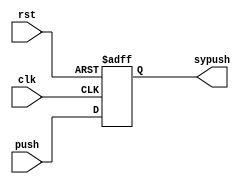
/**
*Module Name:		synchronizer.v
*Project:			ToW
*					Connor Emery
*Date of Update:	27/11/2016                                              
*Version:           1.0.0                                                      

*Purpose:           TODO
* 
* 
*Update Log:		v1.0.0
						- intial commit
*/
`timescale 1ns / 1ps

module synchronizer(push, clk, rst, sypush);
	//declaring inputs/outputs
	input push, clk, rst;
	output sypush;
	
	//declaring regs and wires
	reg sypush;
	
	always@(posedge clk or posedge rst) begin
		//reset to 0
		if (rst) sypush = 0;
		//set to push
		else sypush = push;
	end
	
endmodule